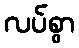
လပ်စွာ